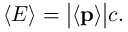
\langle E \rangle = { \big | } \langle \mathbf { p } \rangle { \big | } c .